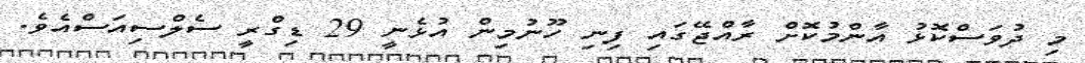
މި ދުވަސްކޮޅު އާންމުކޮށް ރާއްޖޭގައި ފިނި ހޫނުމިން އުޅެނީ 29 ޑިގްރީ ސެލްސިއަސްއެވެ.